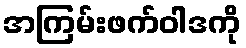
အကြမ်းဖက်ဝါဒကို